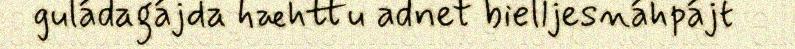
guládagájda hæhttu adnet bielljesnáhpájt